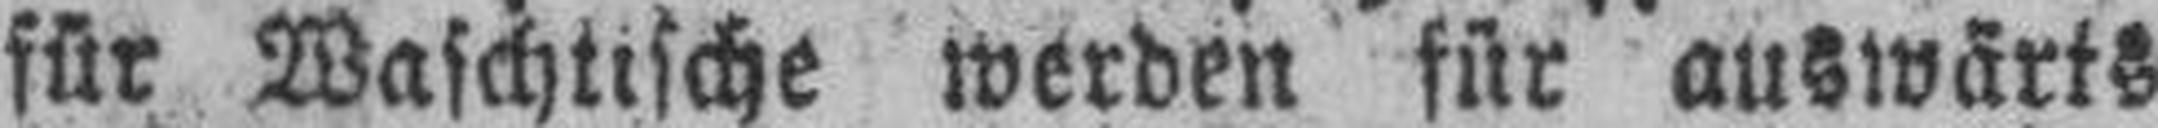
für Waschtische werden für auswärts